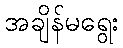
အချိန်မရွေး